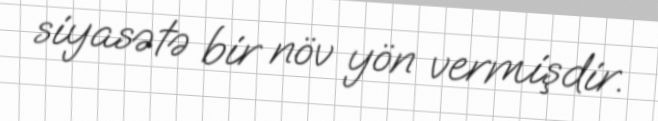
siyasətə bir növ yön vermişdir.